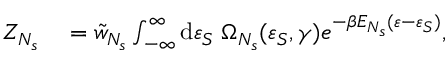
\begin{array} { r l } { Z _ { N _ { s } } } & { { } = \tilde { w } _ { N _ { s } } \int _ { - \infty } ^ { \infty } { \mathrm { d } \varepsilon _ { S } \; \Omega _ { N _ { s } } ( \varepsilon _ { S } , \gamma ) e ^ { - \beta E _ { N _ { s } } ( \varepsilon - \varepsilon _ { S } ) } } , } \end{array}